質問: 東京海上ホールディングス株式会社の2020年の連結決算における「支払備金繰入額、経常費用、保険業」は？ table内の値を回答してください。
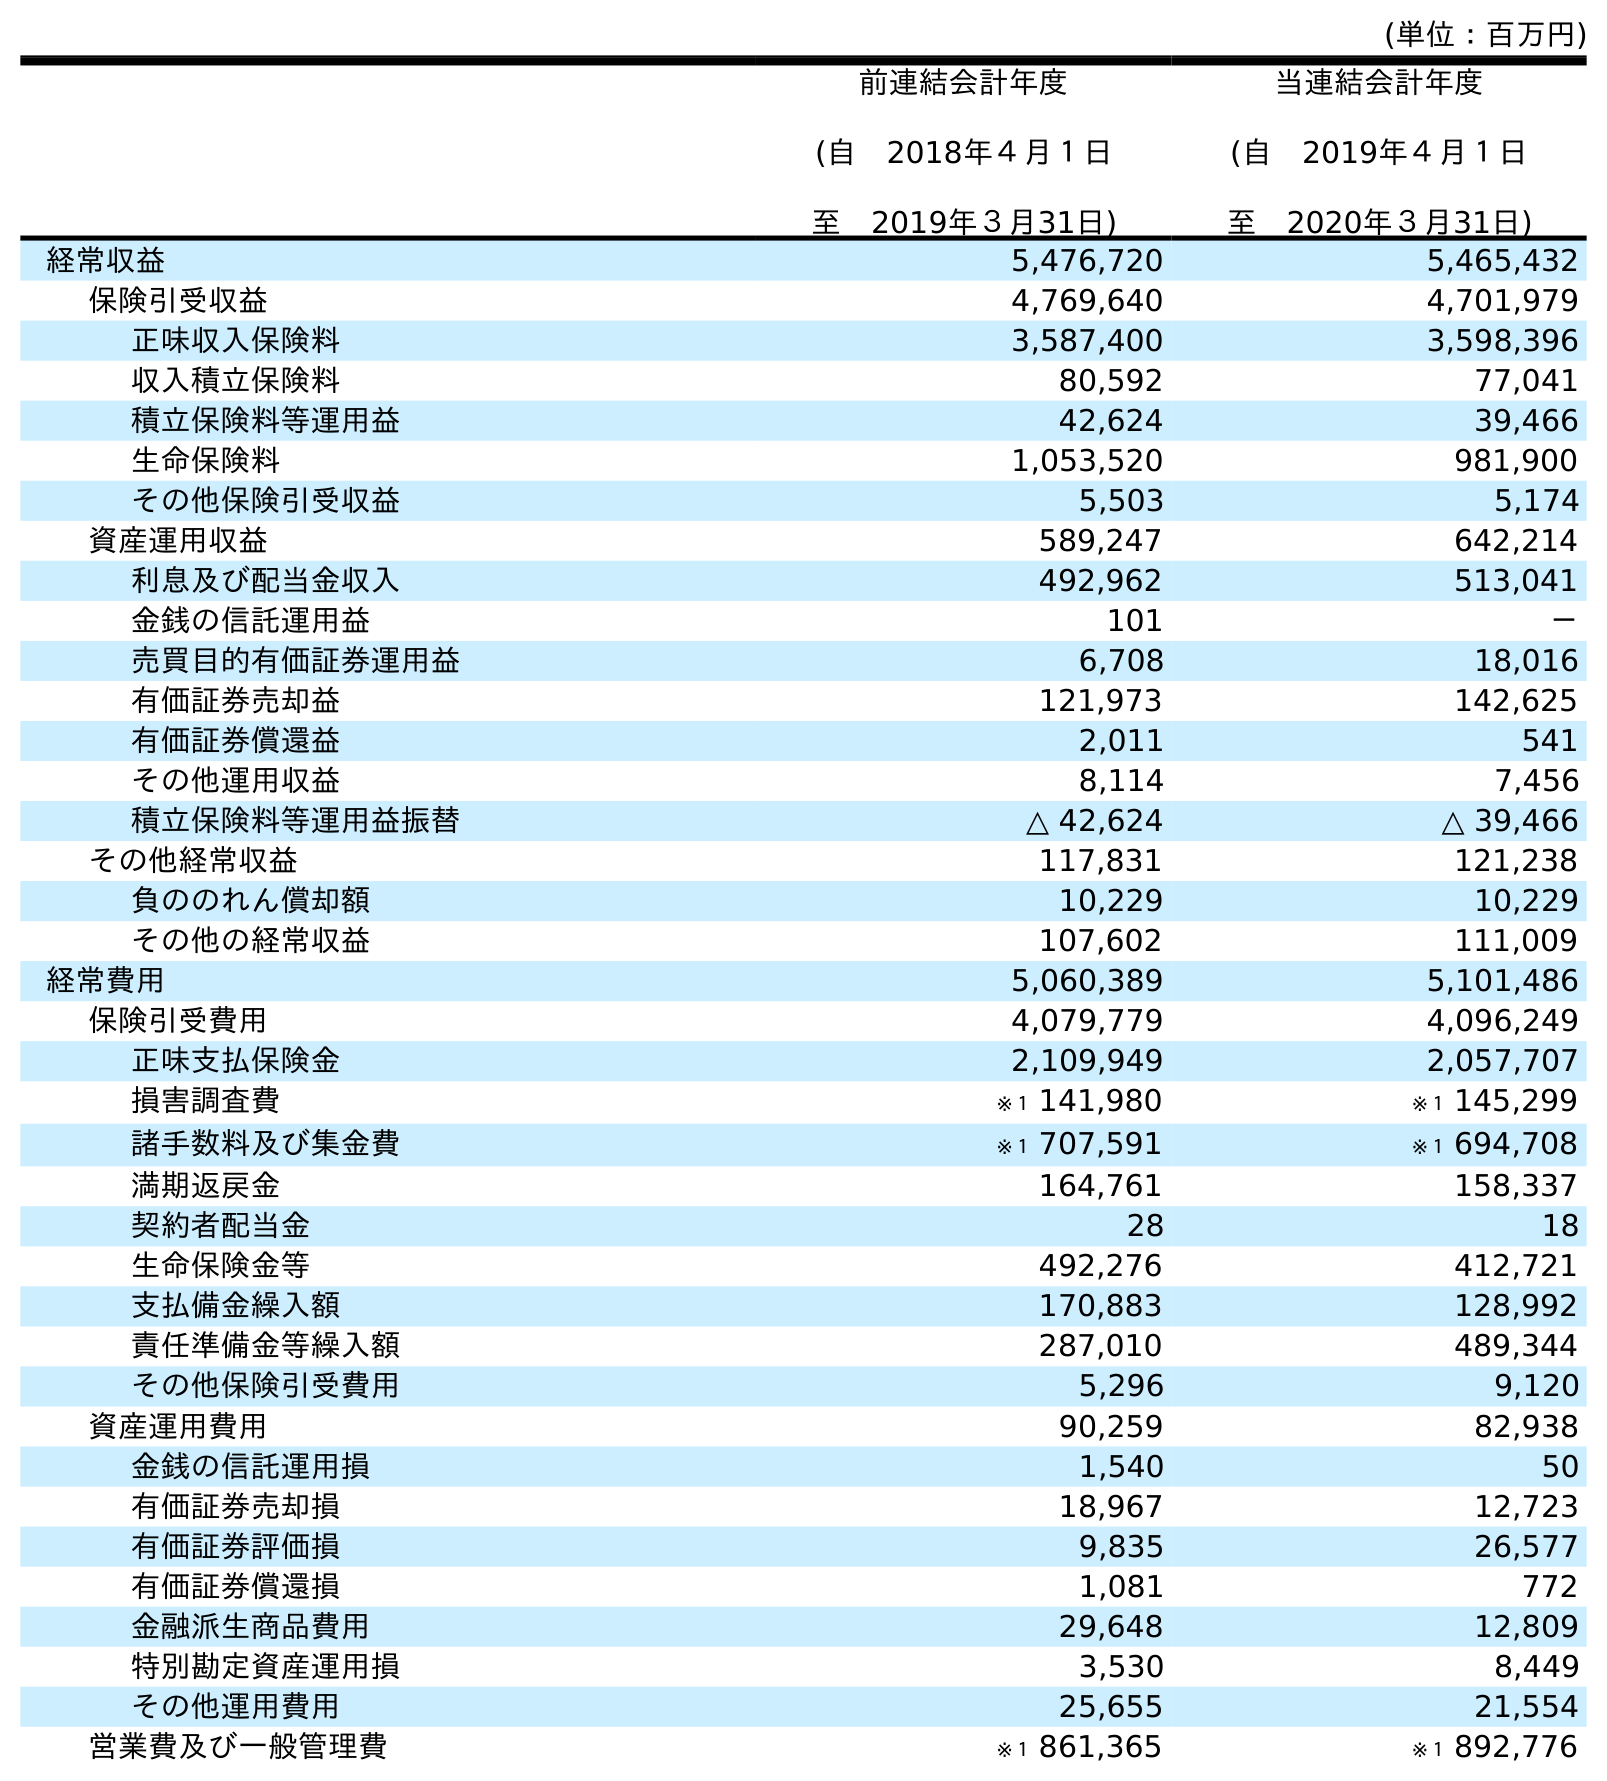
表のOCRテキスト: (単位：百万円) 前連結会計年度 (自 2018年４月１日 至 2019年３月31日) 当連結会計年度 (自 2019年４月１日 至 2020年３月31日) 経常収益 5,476,720 5,465,432 保険引受収益 4,769,640 4,701,979 正味収入保険料 3,587,400 3,598,396 収入積立保険料 80,592 77,041 積立保険料等運用益 42,624 39,466 生命保険料 1,053,520 981,900 その他保険引受収益 5,503 5,174 資産運用収益 589,247 642,214 利息及び配当金収入 492,962 513,041 金銭の信託運用益 101 － 売買目的有価証券運用益 6,708 18,016 有価証券売却益 121,973 142,625 有価証券償還益 2,011 541 その他運用収益 8,114 7,456 積立保険料等運用益振替 △ 42,624 △ 39,466 その他経常収益 117,831 121,238 負ののれん償却額 10,229 10,229 その他の経常収益 107,602 111,009 経常費用 5,060,389 5,101,486 保険引受費用 4,079,779 4,096,249 正味支払保険金 2,109,949 2,057,707 損害調査費 ※１ 141,980 ※１ 145,299 諸手数料及び集金費 ※１ 707,591 ※１ 694,708 満期返戻金 164,761 158,337 契約者配当金 28 18 生命保険金等 492,276 412,721 支払備金繰入額 170,883 128,992 責任準備金等繰入額 287,010 489,344 その他保険引受費用 5,296 9,120 資産運用費用 90,259 82,938 金銭の信託運用損 1,540 50 有価証券売却損 18,967 12,723 有価証券評価損 9,835 26,577 有価証券償還損 1,081 772 金融派生商品費用 29,648 12,809 特別勘定資産運用損 3,530 8,449 その他運用費用 25,655 21,554 営業費及び一般管理費 ※１ 861,365 ※１ 892,776
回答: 128,992